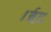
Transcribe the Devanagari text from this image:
।ईद